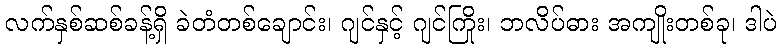
လက်နှစ်ဆစ်ခန့်ရှိ ခဲတံတစ်ချောင်း၊ ဂျင်နှင့် ဂျင်ကြိုး၊ ဘလိပ်ဓား အကျိုးတစ်ခု၊ ဒါပဲ